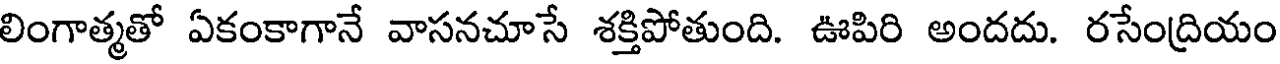
లింగాత్మతో ఏకంకాగానే వాసనచూసే శక్తిపోతుంది. ఊపిరి అందదు. రసేంద్రియం